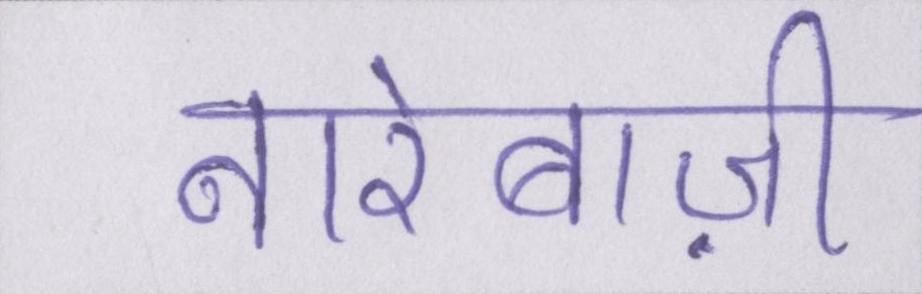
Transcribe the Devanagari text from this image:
नारेबाज़ी